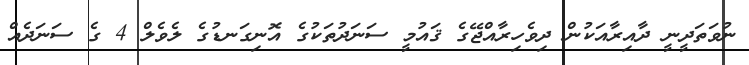
ނުވަތަދީނީ ދާއިރާއަކުން ދިވެހިރާއްޖޭގެ ޤައުމީ ސަނަދުތަކުގެ އޮނިގަނޑުގެ ލެވެލް 4 ގެ ސަނަދެއް